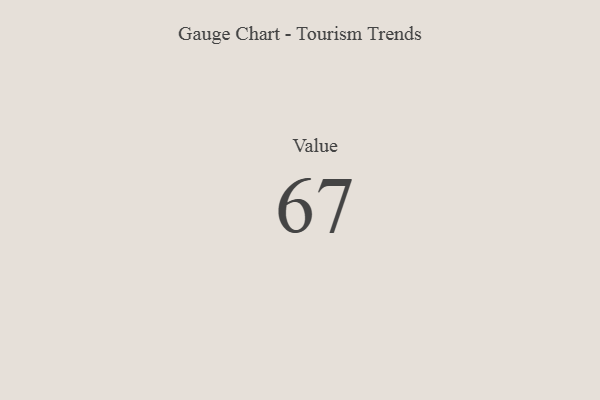
{"axis": {"x": "Metric", "y": "Value"}, "legend": [""], "data": [{"x": "Value", "y": 67, "type": ""}]}